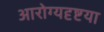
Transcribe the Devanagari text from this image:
आरोग्यदृष्टया